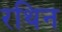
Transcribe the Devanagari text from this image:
रथिन